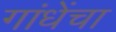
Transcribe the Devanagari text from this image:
गांधेंचा